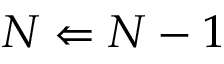
N \Leftarrow N - 1